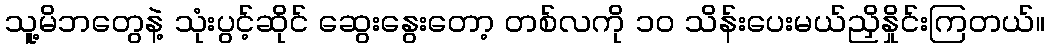
သူ့မိဘတွေနဲ့ သုံးပွင့်ဆိုင် ဆွေးနွေးတော့ တစ်လကို ၁၀ သိန်းပေးမယ်ညှိနှိုင်းကြတယ်။